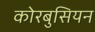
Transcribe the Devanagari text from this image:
कोरबुसियन